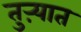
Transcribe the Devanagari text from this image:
तुऱ्यात